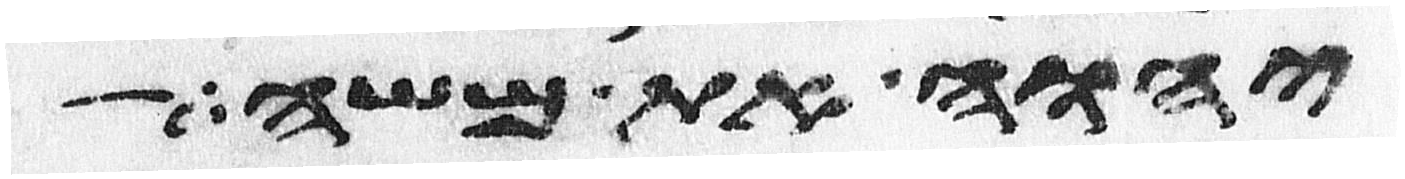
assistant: יהוה את משה